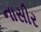
નાસીર